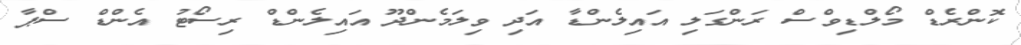
ކޮންރެޑް މޯލްޑިވްސް ރަންގަލި އައިލެންޑާ އަދި ވިލަމެންދޫ އައިލެންޑް ރިސޯޓު އެންޑް ސްޕާ